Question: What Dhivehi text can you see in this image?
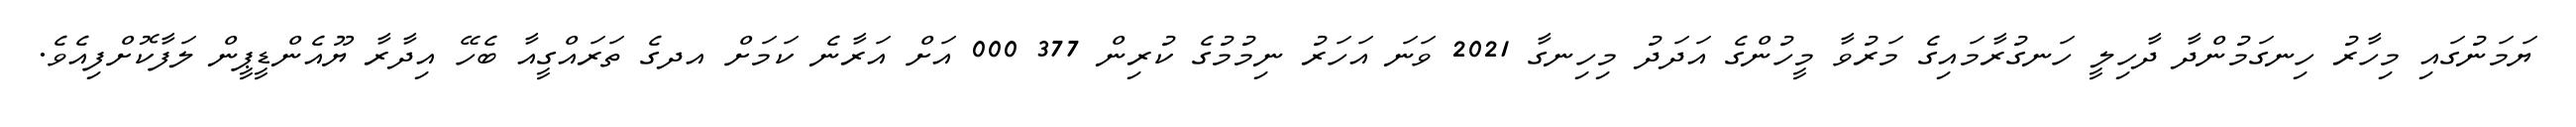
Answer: ޔަމަނުގައި މިހާރު ހިނގަމުންދާ ދާހިލީ ހަނގުރާމައިގެ މަރުވާ މީހުންގެ އަދަދު މިހިނގާ 2021 ވަނަ އަހަރު ނިމުމުގެ ކުރިން 377 000 އަށް އަރާނެ ކަމަށް އދގެ ތަރައްގީއާ ބެހޭ އިދާރާ ޔޫއެންޑީޕީން ލަފާކޮށްފިއެވެ.